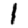
Digit: 1